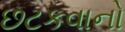
છટકવાનો